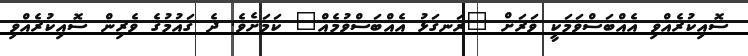
ސޮއިކުރެއްވި އެއްބަސްވަމަކީ ވަރަށް "ރަނގަޅު އެއްބަސްވުމެއް" ކަމަށެވެ. ދެ ގައުމުގެ ވެރިން ސޮއިކުރެއްވި